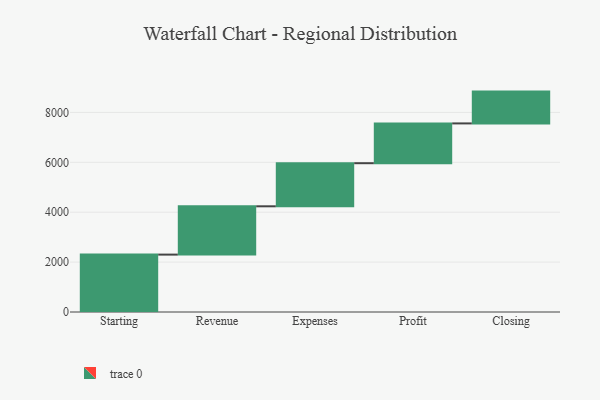
{"axis": {"x": "Step", "y": "Value"}, "legend": [""], "data": [{"x": "Starting", "y": 2301.0, "type": ""}, {"x": "Revenue", "y": 1936.0, "type": ""}, {"x": "Expenses", "y": 1728.0, "type": ""}, {"x": "Profit", "y": 1595.0, "type": ""}, {"x": "Closing", "y": 1275.0, "type": ""}]}